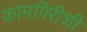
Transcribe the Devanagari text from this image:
कामगिरीशी